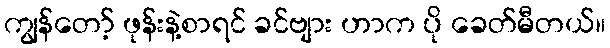
ကျွန်တော့် ဖုန်းနဲ့စာရင် ခင်ဗျား ဟာက ပို ခေတ်မီတယ်။